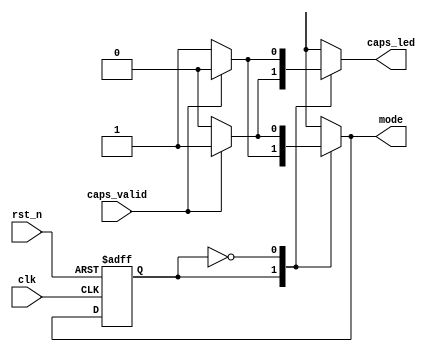
`timescale 1ns / 1ps
//////////////////////////////////////////////////////////////////////////////////
// Company: 
// Engineer: 
// 
// Design Name: 
// Module Name: FSM
// Project Name: 
// Target Devices: 
// Tool Versions: 
// Description: 
// 
// Dependencies: 
// 
// Revision:
// Revision 0.01 - File Created
// Additional Comments:
// 
//////////////////////////////////////////////////////////////////////////////////


`define state_upper 0
`define state_lower 1

module FSM(
    input caps_valid,
    input clk,
    input rst_n,
    output reg mode,
    output reg caps_led
    );

reg state;
reg next_state;
 
always@*  begin         
    case (state) //judge state
        `state_lower:
            if (caps_valid) begin
                next_state <= `state_upper;
                mode <= `state_upper;
                caps_led <= 1;
            end
            else  begin
                next_state <= `state_lower;
                mode <= `state_lower;
                caps_led <= 0;
            end
        `state_upper:
            if (caps_valid)  begin
                next_state <= `state_lower;
                mode <= `state_lower;
                caps_led <= 0;
            end
            else  begin
                next_state <= `state_upper;
                mode <= `state_upper;
                caps_led <= 1;
            end
        default begin
                next_state <= `state_lower;
                mode <= `state_lower;
                caps_led <= 0;
            end
    endcase
end

always@(posedge clk or negedge rst_n)
    if (~rst_n) state <= `state_lower;
    else state <= next_state;

endmodule